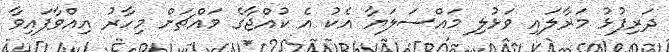
ދަރިފުޅު މަރާލައި ވަޅުލި މައްސަލަޔާ އެކު އެ ކުއްޖާގެ މައްޗަށް މިހާރު އިއްވާފައިވާ